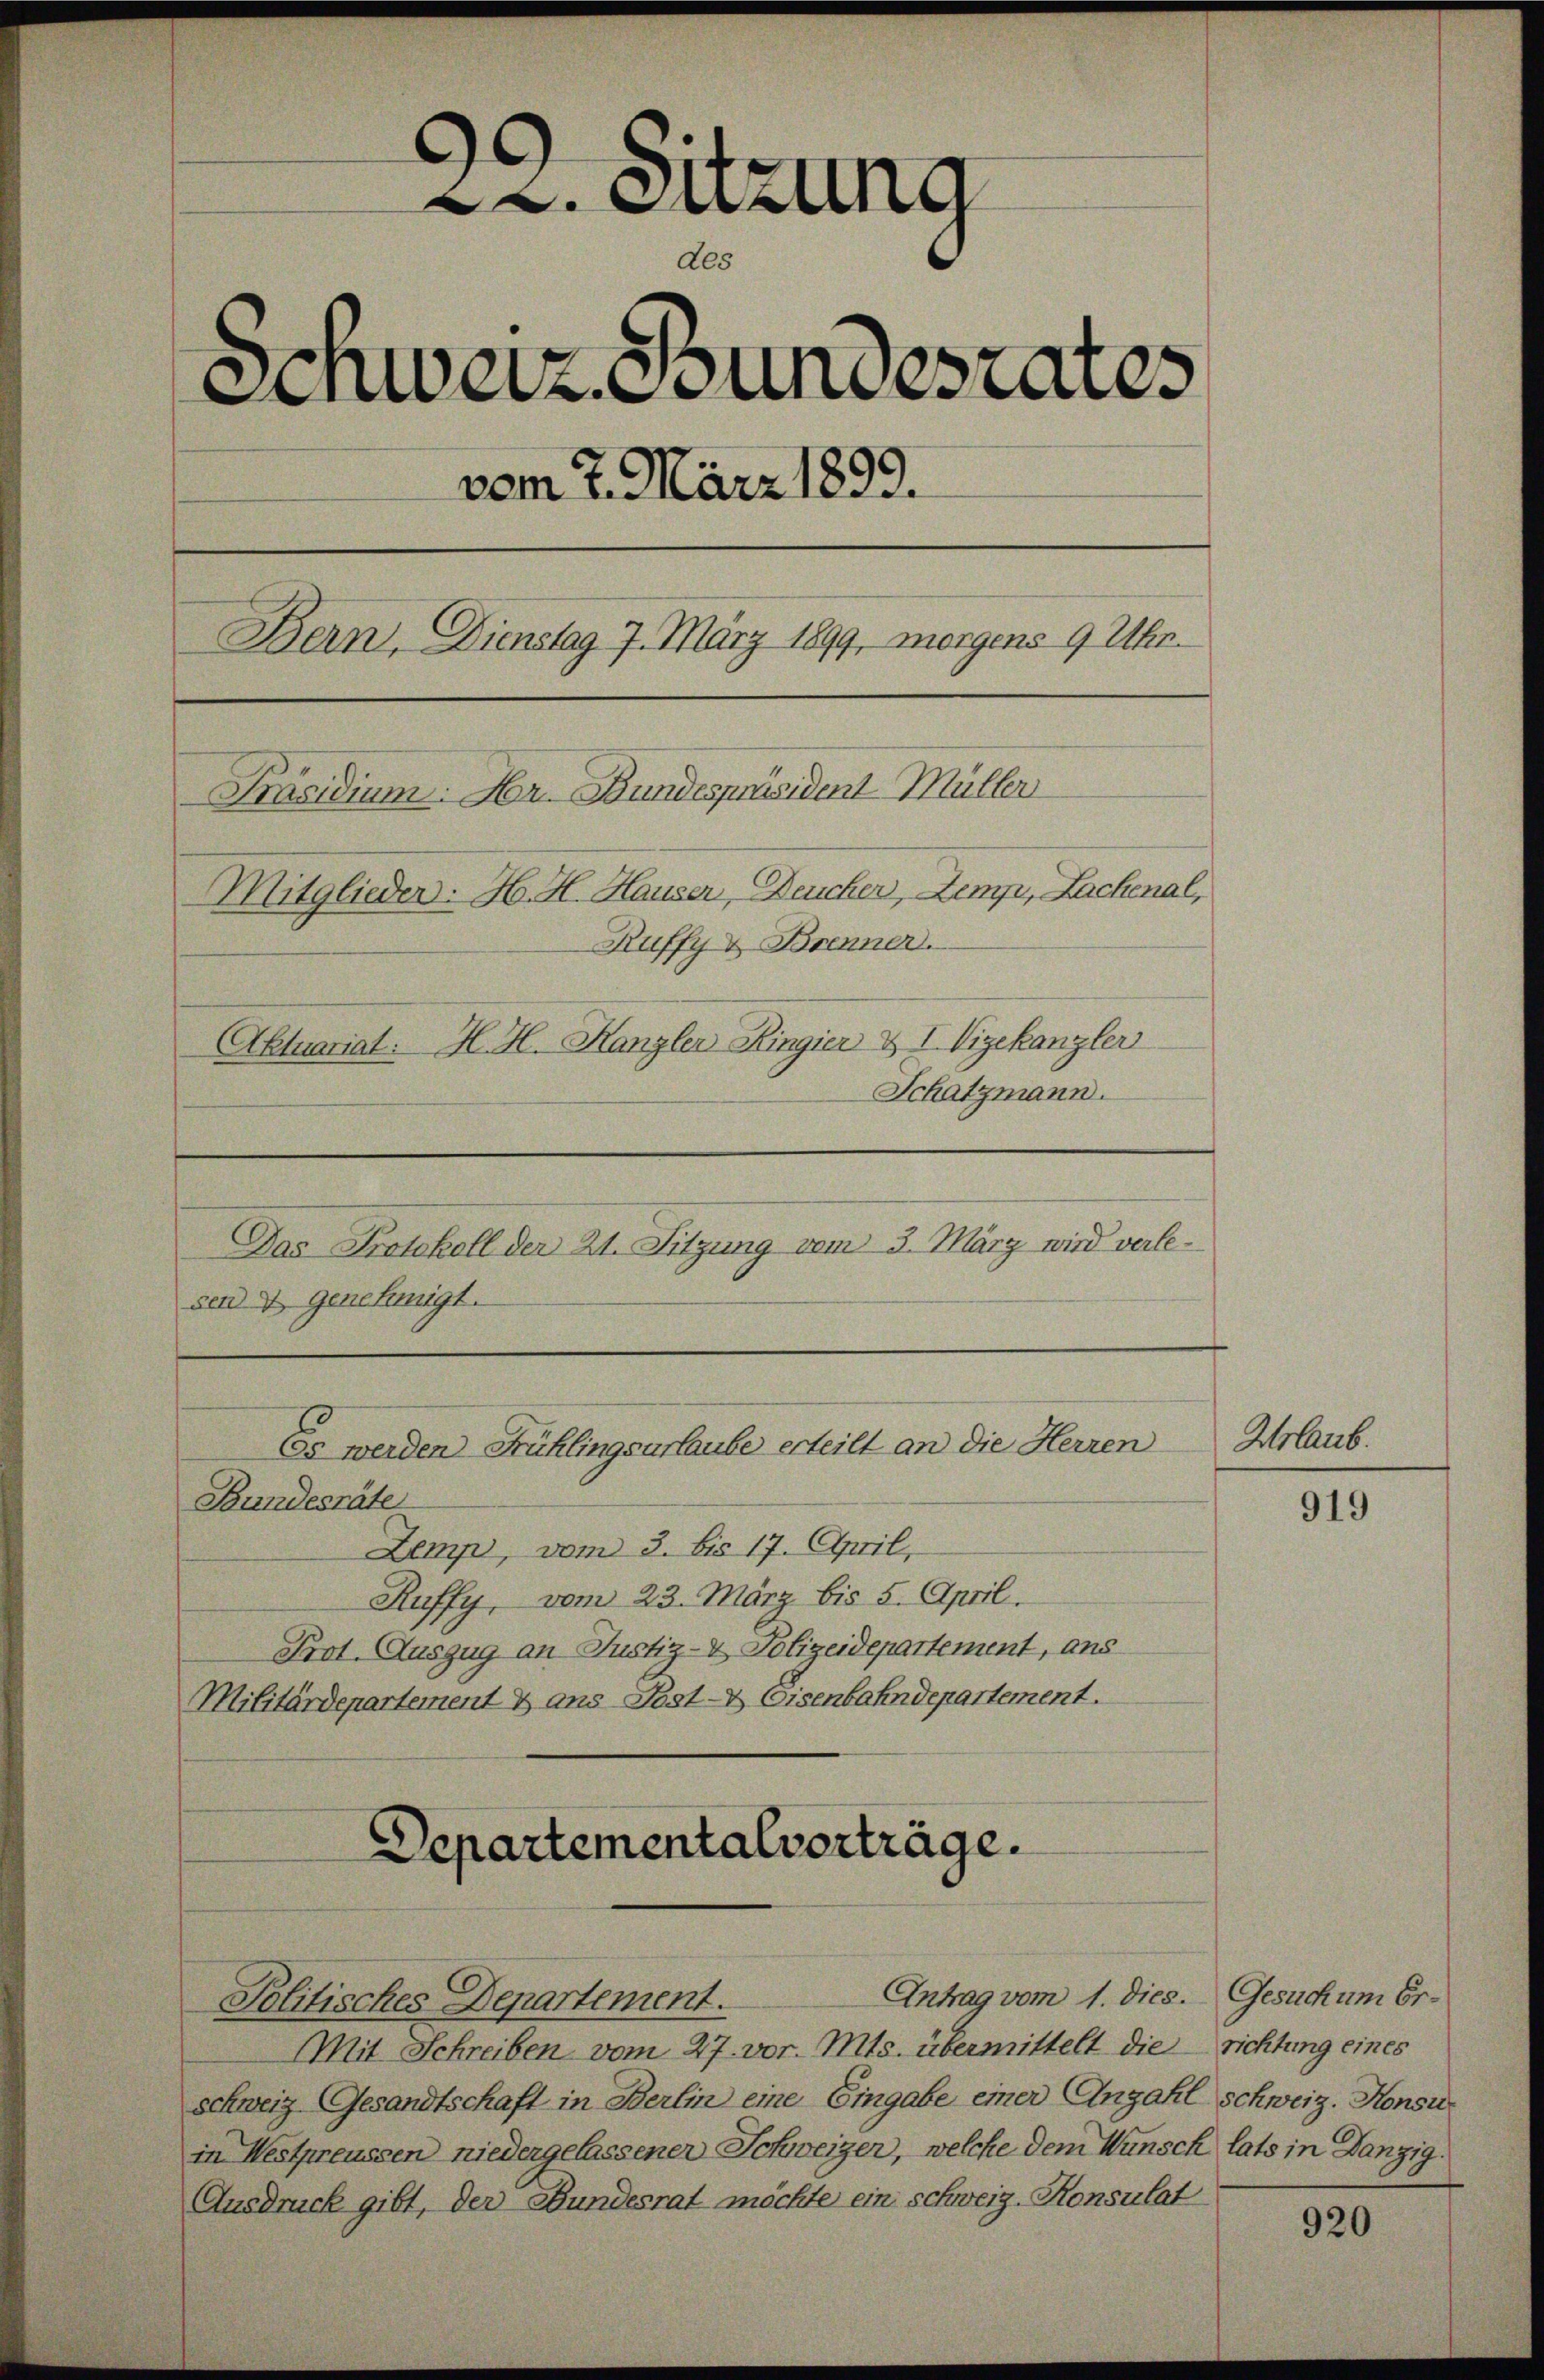
A. Sitzung
dec
Schweiz. Bundesrates
vom 7. März 1899.
Bern, Dienstag 7. März 1899, morgens 9 Uhr.
Präsidium. Hr. Bundespräsident Müller
Mitglieder: H. H. Hauser, Deucher, Semp, Lachenal,
Ruffy & Brenner.
Aktuariat: H. H. Kanzler Kingier & I Vizekanzler
Schatzmann.
Das Protokoll der 21. Sitzung vom 3. März wird verlesen & genehmigt.

Es werden Frühlingsurlaube erteilt an die Herren
Bundesräte

Departementalverträge.

Zemp, vom 3. bis 17. April,
Ruffy, vom 23. März bis 5. April.
Prot. Auszug an Justiz- & Polizeidepartement, aus
Militärdepartement & ans Post- & Eisenbahndepartement.

Politisches Departement.
Mit Schreiben vom 27. vor. Mts. übermittelt die richtung eines
schweiz Gesandtschaft in Berlin eine Eingabe einer Anzahl schweiz. Konsu
in Westpreussen niedergelassener Schweizer, welche dem Wunsch lats in Danzig
Ausdruck gibt, der Bundesrat möchte ein schweiz. Konsulat

Antrag vom 1. dies. Gesuch um Er¬

Urlaub.

919

920